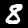
Digit: 8